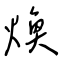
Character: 煥